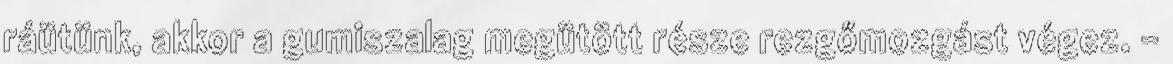
ráütünk, akkor a gumiszalag megütött része rezgőmozgást végez. -